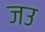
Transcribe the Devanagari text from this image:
जउ